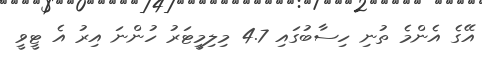
އޭގެ އެންމެ ތުނި ހިސާބުގައި 4.7 މިލިމީޓަރު ހުންނަ އިރު އެ ޓީވީ